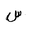
Letter: _sin